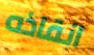
انقاذه